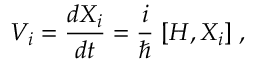
V _ { i } = \frac { d X _ { i } } { d t } = \frac { i } { \hbar } \; { [ } H , X _ { i } { ] } \; ,